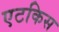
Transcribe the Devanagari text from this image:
एटकिस